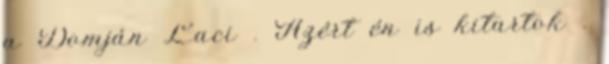
a Domján Laci . Azért én is kitartok .